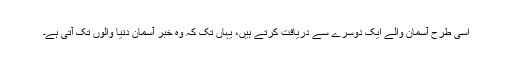
اسی طرح آسمان والے ایک دوسرے سے دریافت کرتے ہیں، یہاں تک کہ وہ خبر آسمانِ دنیا والوں تک آتی ہے۔